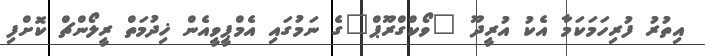
އިތުރު ފުރިހަމަކަމާ އެކު އުރީދޫ "ވޯކްގްރޫޕް"ގެ ނަމުގައި އެމްޕީވީއެން ޚިދުމަތް ރީލޯންޗް ކޮށްފި